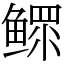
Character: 鳏